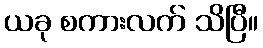
ယခု စကားလက် သိပြီ။